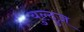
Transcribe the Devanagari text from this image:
युल्दुज़